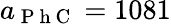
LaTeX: a_{\mathrm{~P~h~C~}}=1081